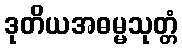
ဒုတိယအဓမ္မသုတ္တံ